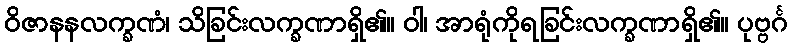
ဝိဇာနနလက္ခဏံ၊ သိခြင်းလက္ခဏာရှိ၏။ ဝါ၊ အာရုံကိုရခြင်းလက္ခဏာရှိ၏။ ပုဗ္ဗင်္ဂ